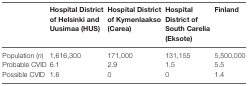
<table><thead><tr><td></td><td><b>Hospital District of Helsinki and Uusimaa (HUS)</b></td><td><b>Hospital District of Kymenlaakso (Carea)</b></td><td><b>Hospital District of South Carelia (Eksote)</b></td><td><b>Finland</b></td></tr></thead><tbody><tr><td>Population (<i>n</i>)</td><td>1,616,300</td><td>171,000</td><td>131,155</td><td>5,500,000</td></tr><tr><td>Probable CVID</td><td>6.1</td><td>2.9</td><td>1.5</td><td>5.5</td></tr><tr><td>Possible CVID</td><td>1.6</td><td>0</td><td>0</td><td>1.4</td></tr></tbody></table>